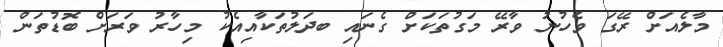
މާލެއަށް ރޭގަ ވެހުނު ވާރޭ މަގުތަކަށް ގެނައި ބދަލުތަކާއިއެކު މިހާރު ވަރަށް ބޮޑުތަން